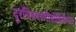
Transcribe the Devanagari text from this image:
दूरचित्रवाणीवाहिनीच्या